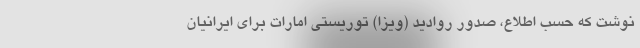
نوشت که حسب اطلاع، صدور روادید (ویزا) توریستی امارات برای ایرانیان